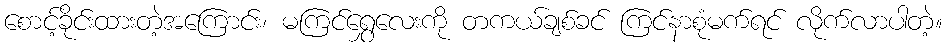
စောင့်ခိုင်းထားတဲ့အကြောင်း၊ မကြင်ရွှေလေးကို တကယ်ချစ်ခင် ကြင်နာစုံမက်ရင် လိုက်လာပါတဲ့။